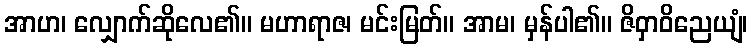
အာဟ၊ လျှောက်ဆိုလေ၏။ မဟာရာဇ၊ မင်းမြတ်။ အာမ၊ မှန်ပါ၏။ ဇိဝှာဝိညေယျံ၊